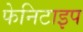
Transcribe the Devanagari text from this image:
फेनिटाइप